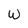
Character: w